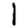
Digit: 1